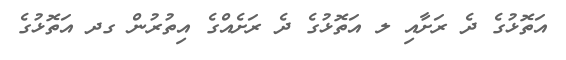
އަތޮޅުގެ ދެ ރަށާއި ލ އަތޮޅުގެ ދެ ރަށެއްގެ އިތުރުން ގދ އަތޮޅުގެ